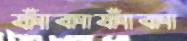
ফাঁকাফাঁকা